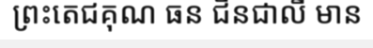
ព្រះតេជគុណ ធន ជិនជាលី មាន